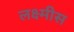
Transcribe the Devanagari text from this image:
लक्ष्मीस